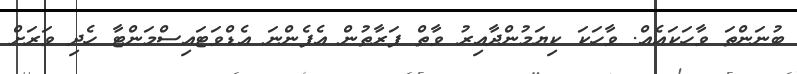
ބުނަންތަ ވާހަކައެއް. ވާހަކަ ކިޔަމުންދާއިރު ވާތް ފަރާތުން އެފެންނަ އެޑްވަޓައިސްމަންޓާ ހެދި ވަރަށް